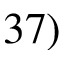
3 7 )